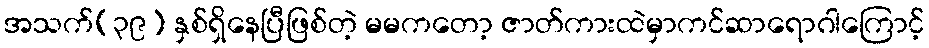
အသက်(၃၉) နှစ်ရှိနေပြီဖြစ်တဲ့ မမကတော့ ဇာတ်ကားထဲမှာကင်ဆာရောဂါကြောင့်